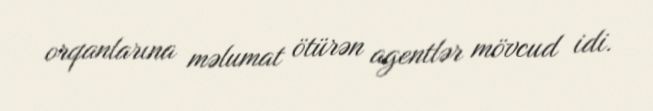
orqanlarına məlumat ötürən agentlər mövcud idi.